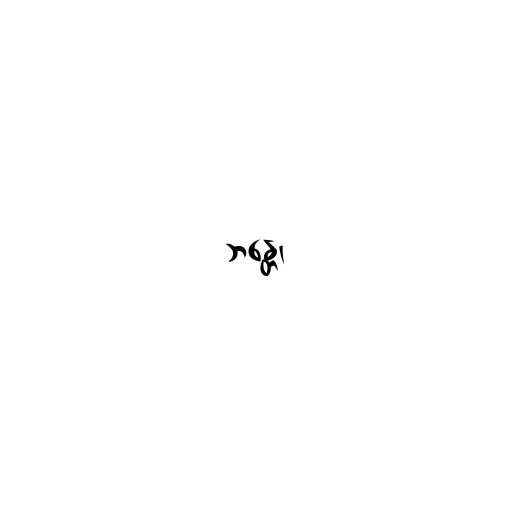
ဘန္တေ၊